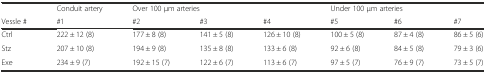
|  | Conduit artery | <COLSPAN=3> Over 100 μm arteries | <COLSPAN=3> Under 100 μm arteries |
 | Vessle # | #1 | #2 | #3 | #4 | #5 | #6 | #7 |
 | --- | --- | --- | --- | --- | --- | --- | --- |
 | Ctrl | 222 ± 12 (8) | 177 ± 8 (8) | 141 ± 5 (8) | 126 ± 10 (8) | 100 ± 5 (8) | 87 ± 4 (8) | 86 ± 5 (6) |
 | Stz | 207 ± 10 (8) | 194 ± 9 (8) | 135 ± 8 (8) | 133 ± 6 (8) | 92 ± 6 (8) | 84 ± 5 (8) | 79 ± 3 (6) |
 | Exe | 234 ± 9 (7) | 192 ± 15 (7) | 122 ± 6 (7) | 113 ± 6 (7) | 97 ± 5 (7) | 76 ± 9 (7) | 73 ± 5 (7) |